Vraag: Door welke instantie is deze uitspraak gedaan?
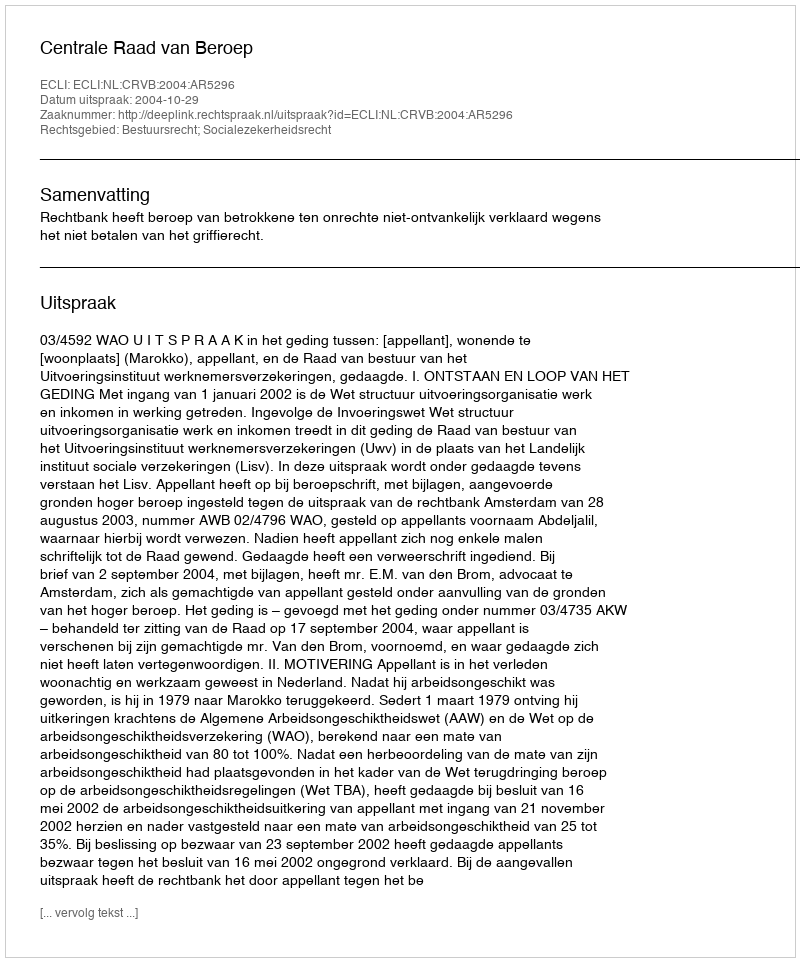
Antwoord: Centrale Raad van Beroep